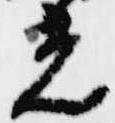
光